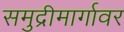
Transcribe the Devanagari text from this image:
समुद्रीमार्गावर